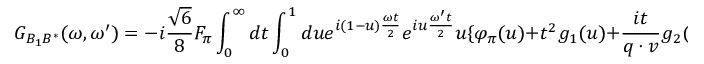
G _ { B _ { 1 } B ^ { \ast } } ( \omega , \omega ^ { \prime } ) = - i { \frac { \sqrt { 6 } } { 8 } } F _ { \pi } \int _ { 0 } ^ { \infty } d t \int _ { 0 } ^ { 1 } d u e ^ { i ( 1 - u ) { \frac { \omega t } { 2 } } } e ^ { i u { \frac { \omega ^ { \prime } t } { 2 } } } u \{ \varphi _ { \pi } ( u ) + t ^ { 2 } g _ { 1 } ( u ) + { \frac { i t } { q \cdot v } } g _ { 2 } ( u ) + { \frac { i t } { 6 } } \mu _ { \pi } \varphi _ { \sigma } ( u ) \} + \cdots \; ,